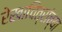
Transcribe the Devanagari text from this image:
रेखाचित्रांच्या